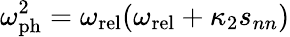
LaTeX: \omega_{\mathrm{ph}}^{2}=\omega_{\mathrm{rel}}(\omega_{\mathrm{rel}}+\kappa_{2}s_{nn})